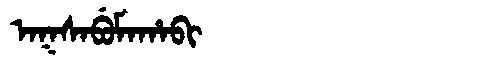
Manchu: ᠠᡴᠰᠠᠪᡠᠮᠠᡥᠠᠪᡳ
Romanization: AKSABUMAHABI